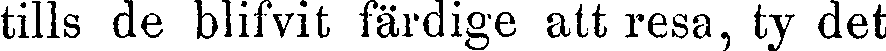
tills de blifvit färdige att resa, ty det